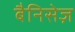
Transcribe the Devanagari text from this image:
बैनिसेज़